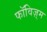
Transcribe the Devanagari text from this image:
फॉविज़्म